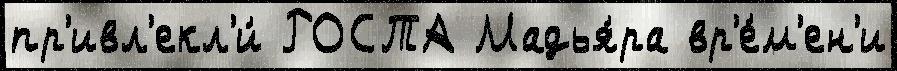
пр'ивл'екл'и́ РОСТА Мадья́ра вр'е́м'ен'и